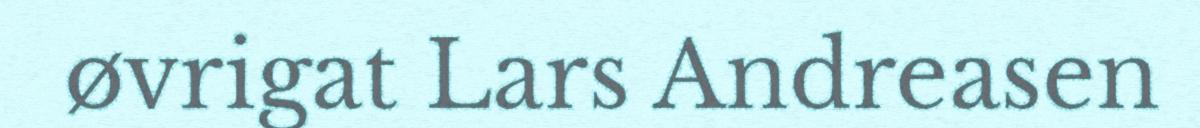
øvrigat Lars Andreasen